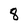
Character: 8